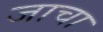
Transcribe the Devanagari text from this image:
जाचा